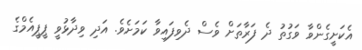
އެކަށީގެންވާ ވަގުތު ދެ ފަރާތަށް ވެސް ދެވިފައިވާ ކަމަށެވެ. އަދި ވިދާޅުވީ ޕީޕީއެމްގެ